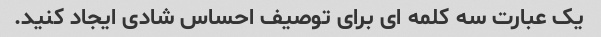
یک عبارت سه کلمه ای برای توصیف احساس شادی ایجاد کنید.